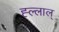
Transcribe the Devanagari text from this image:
ह्ल्लाल्